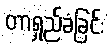
တာရှည်ခံခြင်း